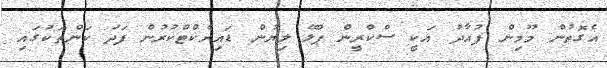
އެގޮތުން މޫމިން ފުއާދު އަކީ ސްކްރީން ޕްލޭ ލިޔުން ޑައިރެކްޓްކުރުން ފަދަ ކަންތަކުގައި